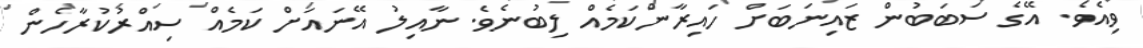
ވިއެވެ. އޭގެ ސަބަބުން ޒައިނަބަށް ހައިރާންކަމެއް ލިބުނެވެ. ނާއިލު އޭނައަށް ކަމެއް ސިއްރުކުރާހެން